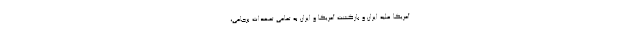
آمریکا علیه ایران و بازگشت آمریکا و ایران به تمامی تعهدات برجامی،